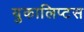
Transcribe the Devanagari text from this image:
युकालिप्टस